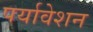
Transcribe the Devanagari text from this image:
पर्यावेशन